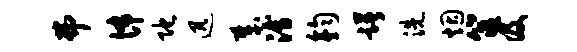
弗怖陀迅哉溥钧躇洗烟筮及